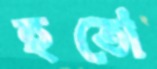
হতো